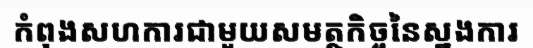
កំពុងសហការជាមួយសមត្ថកិច្ចនៃស្នងការ